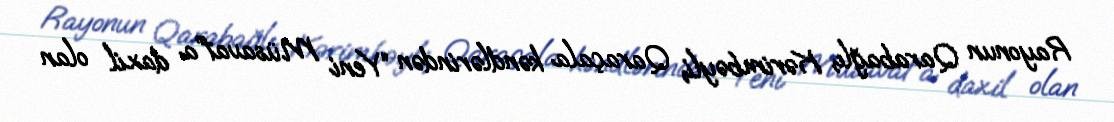
Rayonun Qarabağlı, Kərimbəyli, Qaraçala kəndlərindən “Yeni Müsavat”a daxil olan